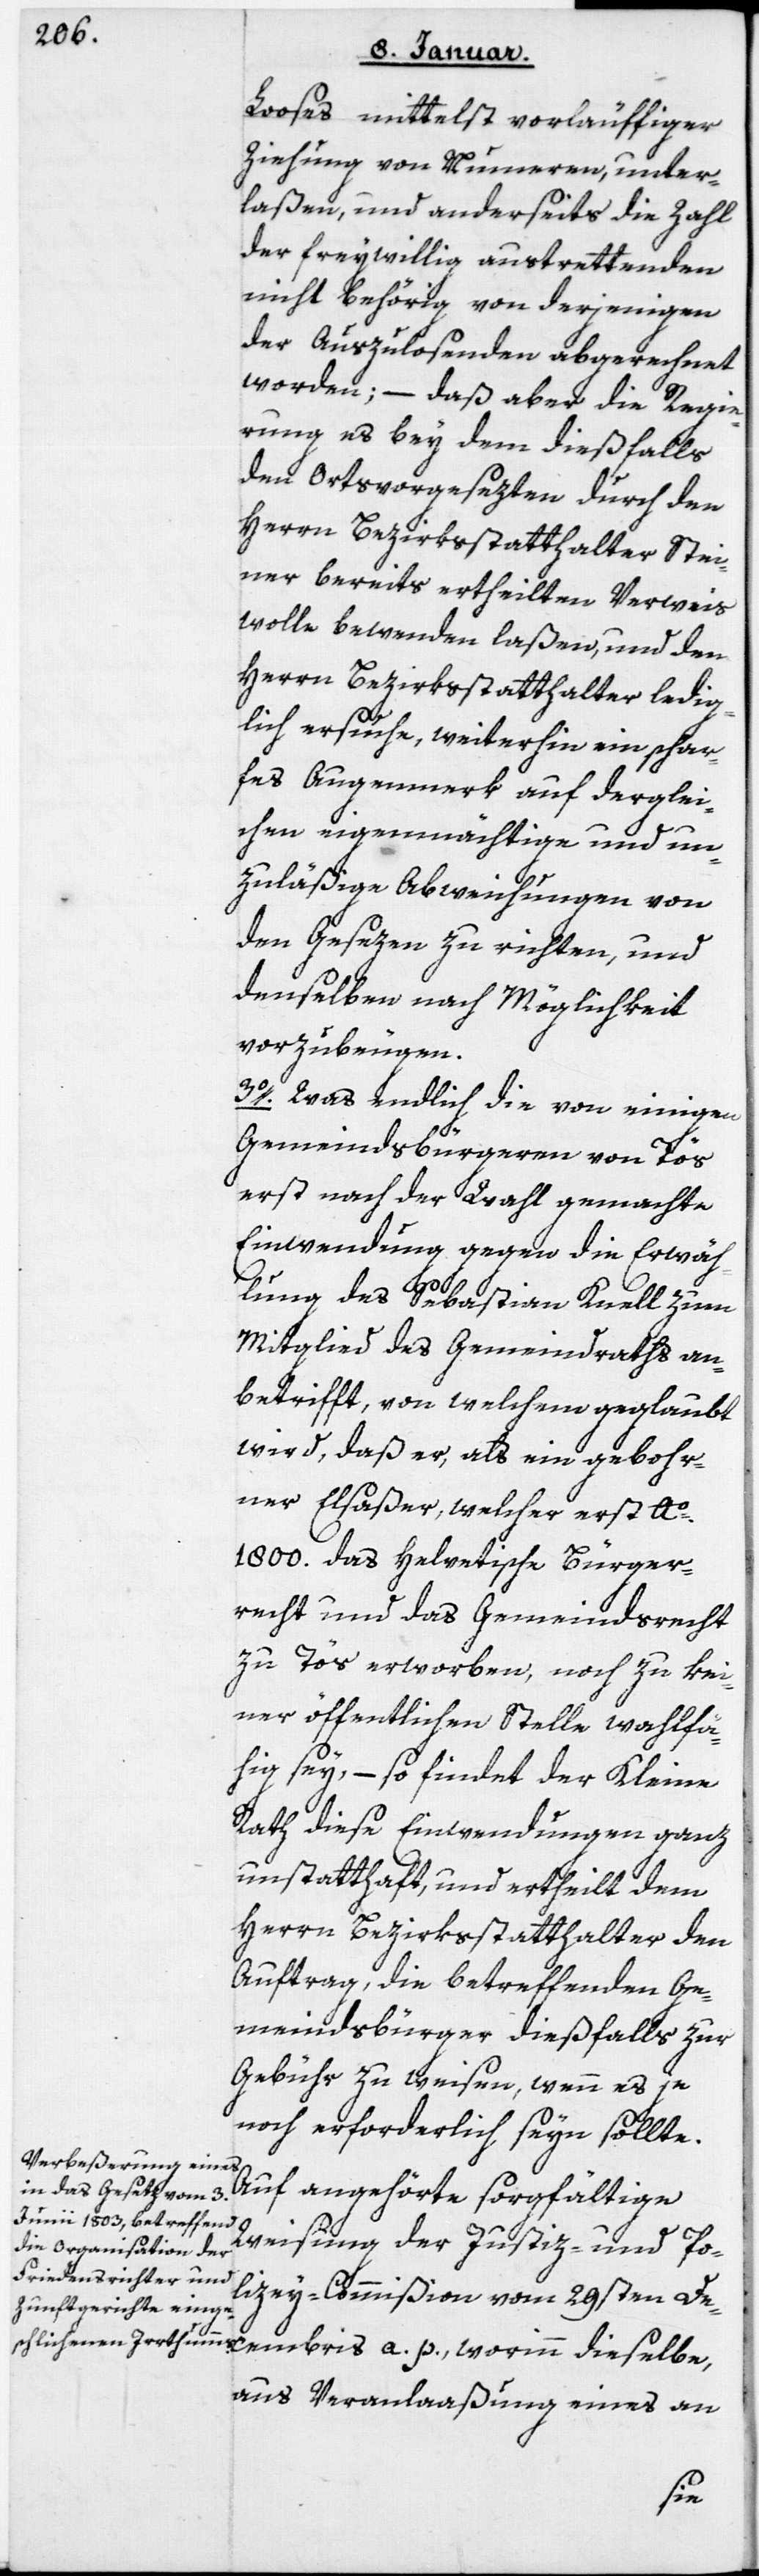
Looses mittelst vorläufiger
Ziehung von Nummeren unter¬
laßen, und anderseits die Zahl
der freywillig austrettenden
nicht behörig von derjenigen
der Auszulosenden abgerechnet
worden; – daß aber die Regie¬
rung es bey dem dießfalls
den Ortsvorgesezten durch den
Herrn Bezirksstatthalter Stei¬
ner bereits ertheilten Verweis
wolle bewenden laßen, und den
Herrn Bezirksstatthalter ledig¬
lich ersuche, weiterhin ein schar¬
fes Augenmerk auf derglei¬
chen eigenmächtige und un¬
zuläßige Abweichungen von
den Gesezen zu richten, und
denselben nach Möglichkeit
vorzubeugen.
3. Was endlich die von einigen
Gemeindsbürgeren von Tös
erst nach der Wahl gemachte
Einwendung gegen die Erwäh¬
lung des Sebastian Knell zum
Mitglied des Gemeindraths an¬
betrifft, von welchem geglaubt
wird, daß er als ein gebohr¬
ner Elsaßer, welcher erst Ao.
1800 das helvetische Bürger¬
recht und das Gemeindsrecht
zu Tös erworben, noch zu kei¬
ner öffentlichen Stelle wahlfä¬
hig sey, – so findet der Kleine
Rath diese Einwendungen ganz
unstatthaft und ertheilt dem
Herrn Bezirksstatthalter den
Auftrag, die betreffenden Ge¬
meindsbürger dießfalls zur
Gebühr zu weisen, wenn es je
noch erforderlich seyn sollte.
Auf angehörte sorgfältige
Weisung der Justiz- und Po¬
lizey-Commißion vom 29sten De¬
aus Veranlaaßung eines an
bris